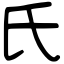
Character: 氏